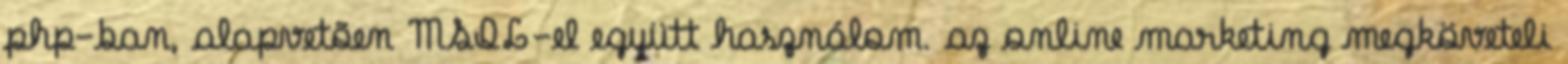
php-ban, alapvetõen MSQL-el együtt használom. az online marketing megköveteli